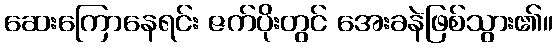
ဆေးကြောနေရင်း ဇက်ပိုးတွင် အေးခနဲဖြစ်သွား၏။